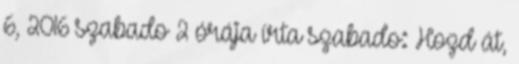
6, 2016 szabado 2 órája írta szabado: Hozd át,